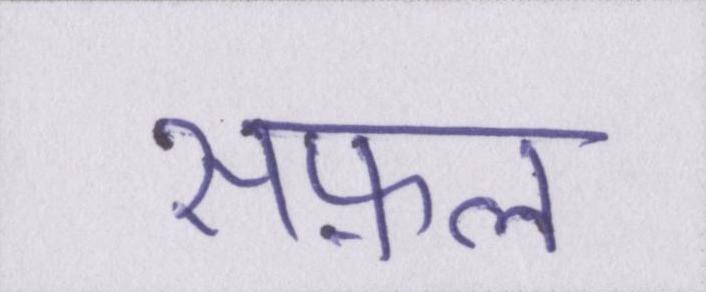
सफ़ल